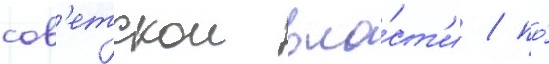
сов'етскои вла́ст'и / по́